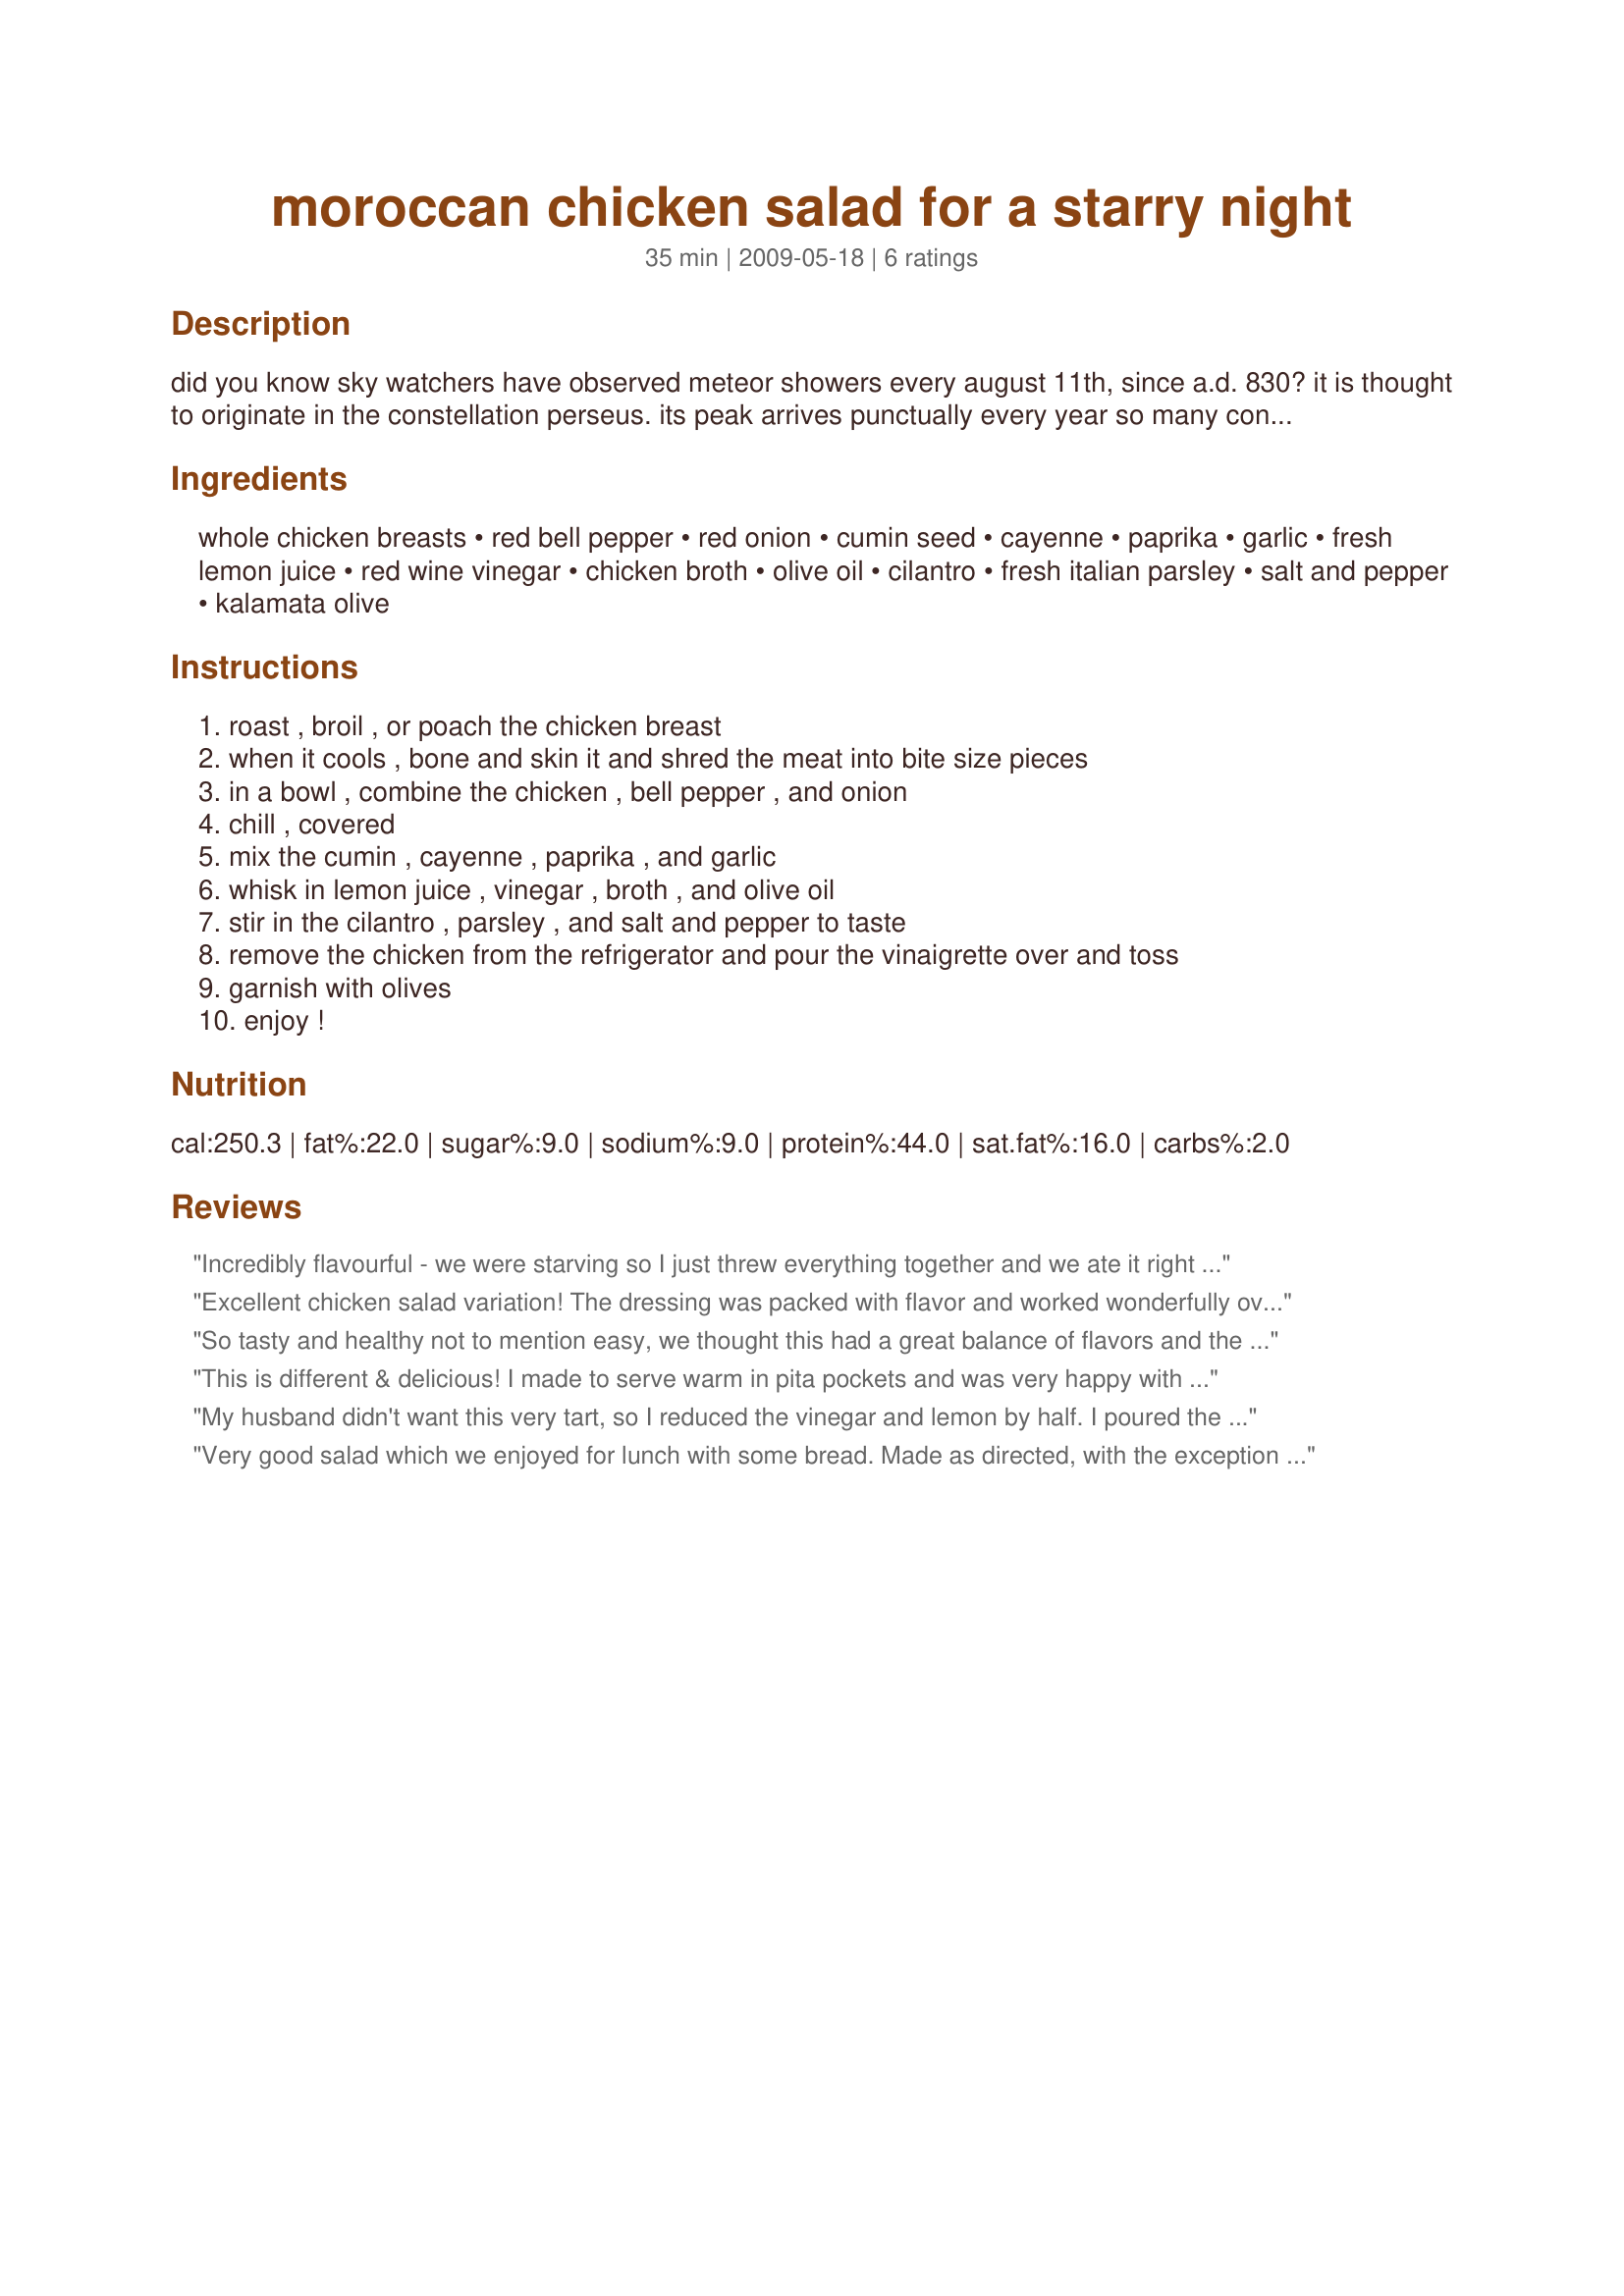
moroccan chicken salad for a starry night
Preparation time: 35 minutes

did you know sky watchers have observed meteor showers every august 11th, since a.d. 830? it is thought to originate in the constellation perseus. its peak arrives punctually every year so many consider this "the night of the shooting stars". a wonderful night to have a star-gazing party! here is a super salad to start it off! adapted from great good food by julee rosso.

Ingredients:
whole chicken breasts, red bell pepper, red onion, cumin seed, cayenne, paprika, garlic, fresh lemon juice, red wine vinegar, chicken broth, olive oil, cilantro, fresh italian parsley, salt and pepper, kalamata olive

Steps:
roast , broil , or poach the chicken breast, when it cools , bone and skin it and shred the meat into bite size pieces, in a bowl , combine the chicken , bell pepper , and onion, chill , covered, mix the cumin , cayenne , paprika , and garlic, whisk in lemon juice , vinegar , broth , and olive oil, stir in the cilantro , parsley , and salt and pepper to taste, remove the chicken from the refrigerator and pour the vinaigrette over and toss, garnish with olives, enjoy !

Reviews:
Incredibly flavourful - we were starving so I just threw everything together and we ate it right away, and it was so so good! Loved the strong cumin, the combo of garlic and cilantro, the tart lemon juice and vinegar, crispy bell pepper and onion, mild chicken... just a wonderful combination of flavours. Can't wait to have the leftovers for lunch tomorrow: I'm sure the salad will be even better after the flavours have had time to develop. Thank you for sharing!
Excellent chicken salad variation! The dressing was packed with flavor and worked wonderfully over the chicken and veggies. I poached the chicken and added the cilantro and parsley to the chicken and veggie mix before pouring over the dressing. Thanks for sharing! ZWT6
So tasty and healthy not to mention easy, we thought this had a great balance of flavors and the cool bell pepper worked so well with the warmth of the spices. I made using red and yellow bell pepper, note to self can skip the parsley but do not skip the cilantro. Thanks for the post.
This is different & delicious! I made to serve warm in pita pockets and was very happy with the recipe. I liked the low oil content and no mayo. The dressing is lovely; smoky, tart, and full of flavor. The only sub I made was using white wine vinergar instead of red. Next time I won't mince the cilantro/ parsley as fine and will stir it into the salad at serving time. I made the dressing as the chicken was poaching & both herbs wilted during the wait. The briny olives are a nice complement to the flavor of the chicken. Thank you for sharing the recipe!
My husband didn't want this very tart, so I reduced the vinegar and lemon by half. I poured the dressing on 30 minutes before serving to let the flavors marry. I love the contrasting textures of the crisp onion and pepper with the tender meat. This is an excellent main dish for a hot summer evening. Thanks for posting! Made for ZWT6.
Very good salad which we enjoyed for lunch with some bread. Made as directed, with the exception of the red wine vinegar, which I subbed with rice vinegar. Thanks for sharing!
